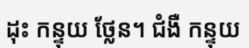
ដុះ កន្ទុយ ថ្លែន។ ជំងឺ កន្ទុយ